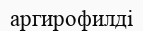
аргирофилді